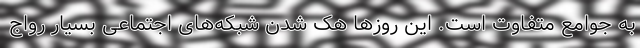
به جوامع متفاوت است. این روزها هک شدن شبکه‌های اجتماعی بسیار رواج